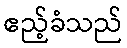
ဧည့်ခံသည်